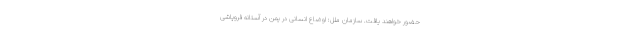
حضور خواهند یافت. سازمان ملل: اوضاع انسانی در یمن در آستانه فروپاشی